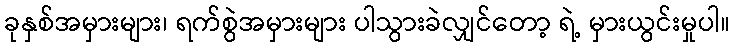
ခုနှစ်အမှားများ၊ ရက်စွဲအမှားများ ပါသွားခဲလျှင်တော့ ရဲ့ မှားယွင်းမှုပါ။